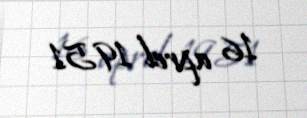
16 aprel 1951